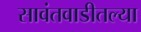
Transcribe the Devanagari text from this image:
सावंतवाडीतल्या